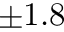
\pm 1 . 8